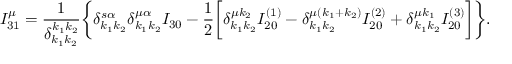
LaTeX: I _ { 3 1 } ^ { \mu } = \frac { 1 } { \delta _ { k _ { 1 } k _ { 2 } } ^ { k _ { 1 } k _ { 2 } } } \bigg \{ \delta _ { k _ { 1 } k _ { 2 } } ^ { s \alpha } \delta _ { k _ { 1 } k _ { 2 } } ^ { \mu \alpha } I _ { 3 0 } - \frac { 1 } { 2 } \bigg [ \delta _ { k _ { 1 } k _ { 2 } } ^ { \mu k _ { 2 } } I _ { 2 0 } ^ { ( 1 ) } - \delta _ { k _ { 1 } k _ { 2 } } ^ { \mu ( k _ { 1 } + k _ { 2 } ) } I _ { 2 0 } ^ { ( 2 ) } + \delta _ { k _ { 1 } k _ { 2 } } ^ { \mu k _ { 1 } } I _ { 2 0 } ^ { ( 3 ) } \bigg ] \bigg \} .